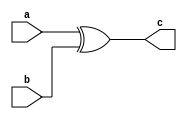
module xor_HPC3 #(parameter security_order=1, parameter pipeline=1) (a, b, c);
input wire [security_order:0] a, b;
output wire [security_order:0] c;
assign c = a ^ b;
endmodule